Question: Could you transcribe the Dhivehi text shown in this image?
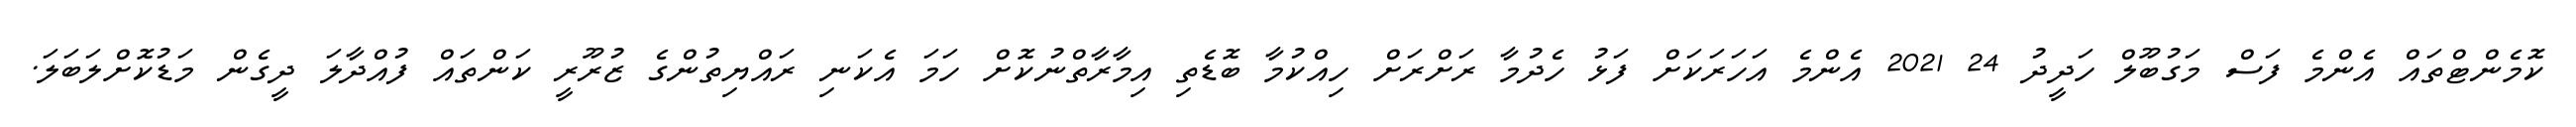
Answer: ކޮމެންޓްތައް އެންމެ ފަސް މަގުބޫލް ހަދީދު 24 2021 އެންމެ އަހަރަކަށް ފަޅު ހެދުމާ ރަށްރަށް ހިއްކުމާ ބޮޑެތި އިމާރާތްނުކޮށް ހަމަ އެކަނި ރައްޔިތުންގެ ޒުރޫރީ ކަންތައް ފުއްދާލަ ދީގެން މަޑުކޮށްލަބަލަ.